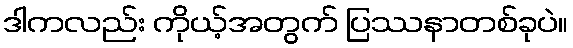
ဒါကလည်း ကိုယ့်အတွက် ပြဿနာတစ်ခုပဲ။